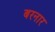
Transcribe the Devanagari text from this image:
बरनार